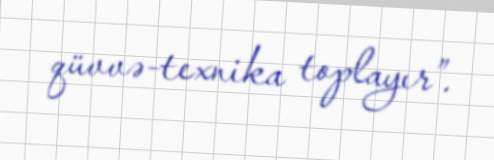
qüvvə-texnika toplayır”.